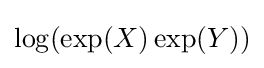
\log(\exp(X)\exp(Y))